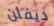
ديفلن